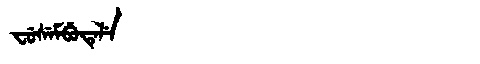
Manchu: ᠸᡠᠰᡝᠮᠪᡠᡨᡝᠯᡝ
Romanization: FUSEMBUTELE